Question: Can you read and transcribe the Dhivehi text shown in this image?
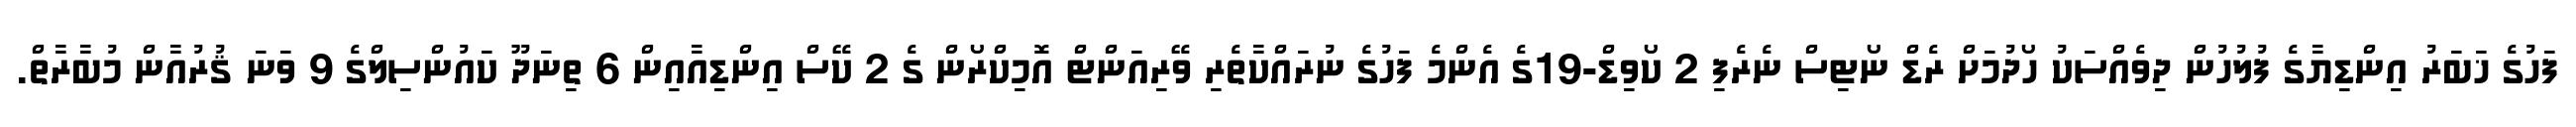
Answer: ފަހުގެ ޚަބަރު އިންޑިޔާގެ ފުލުހުން ދިވެއްސަކު ހޯދުމަށް ރެޑް ނޯޓިސް ނެރެފި 2 ކޯވިޑް-19ގެ އެންމެ ފަހުގެ ނުރައްކާތެރި ވޭރިއަންޓް އޮމިކްރޯން ގެ 2 ކޭސް އިންޑިއާއިން 6 ތިނަދޫ ކައުންސިލްގެ 9 ވަނަ ޤުރުއާން މުބާރާތް.